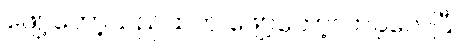
ဖျော့တော့သည်ထက် ဖျော့တော့လာခဲ့လေပြီ။